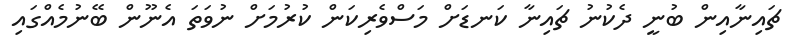
ޗައިނާއިން ބުނީ ދެކުނު ޗައިނާ ކަނޑަށް މަސްވެރިކަން ކުރުމަށް ނުވަތަ އެނޫން ބޭނުމެއްގައި